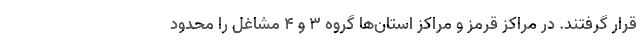
قرار گرفتند. در مراکز قرمز و مراکز استان‌ها گروه 3 و 4 مشاغل را محدود